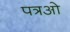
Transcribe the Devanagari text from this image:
पत्रओ